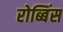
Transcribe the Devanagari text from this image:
रोब्बिंस